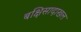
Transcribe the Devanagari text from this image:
बक्षिसादाखल